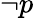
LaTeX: \neg p